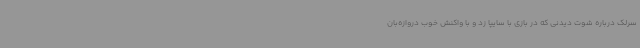
سرلک درباره شوت دیدنی که در بازی با سایپا زد و با واکنش خوب دروازه‌بان